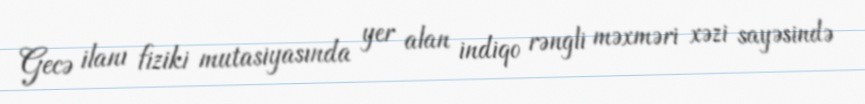
Gecə ilanı fiziki mutasiyasında yer alan indiqo rəngli məxməri xəzi sayəsində